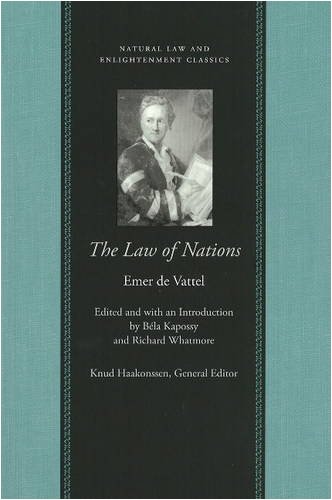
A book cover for The Law of Nations; Emer de Vattel; Law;